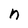
Character: n